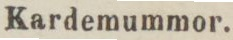
Kardemummor.